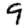
Digit: 9